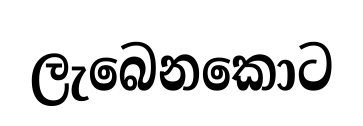
ලැබෙනකොට